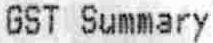
GST SUMMARY